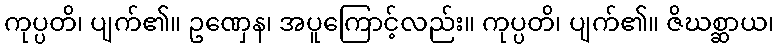
ကုပ္ပတိ၊ ပျက်၏။ ဥဏှေန၊ အပူကြောင့်လည်း။ ကုပ္ပတိ၊ ပျက်၏။ ဇိဃစ္ဆာယ၊